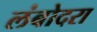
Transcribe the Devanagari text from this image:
लंबोदरा